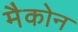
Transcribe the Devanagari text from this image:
मैकोन